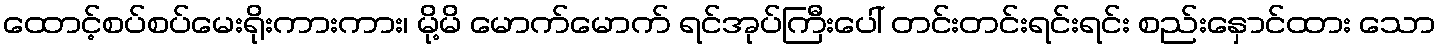
ထောင့်စပ်စပ်မေးရိုးကားကား၊ မို့မိ မောက်မောက် ရင်အုပ်ကြီးပေါ် တင်းတင်းရင်းရင်း စည်းနှောင်ထား သော